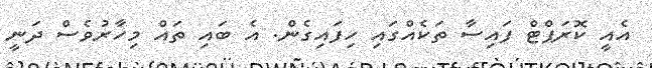
އެއީ ކޮރަޕްޓް ފައިސާ ތަކެއްގައި ހިފައިގެން. އެ ބައި ތައް މިހާރުވެސް ދަނީ